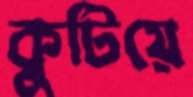
কুটিয়ে